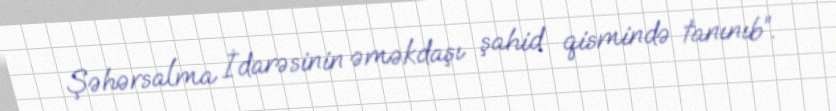
Şəhərsalma İdarəsinin əməkdaşı şahid qismində tanınıb”.